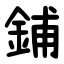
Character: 鋪